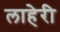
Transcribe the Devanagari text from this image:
लाहेरी